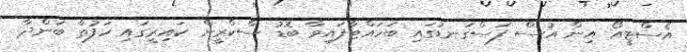
އެސްޓީއޯ އިން އުސް ފަސްގަނޑުގައި ބަހައްޓާފައިވާ ބޮޑު ސްކްރީން ކައިރީގައި ހަފުތާ ބަންދާ